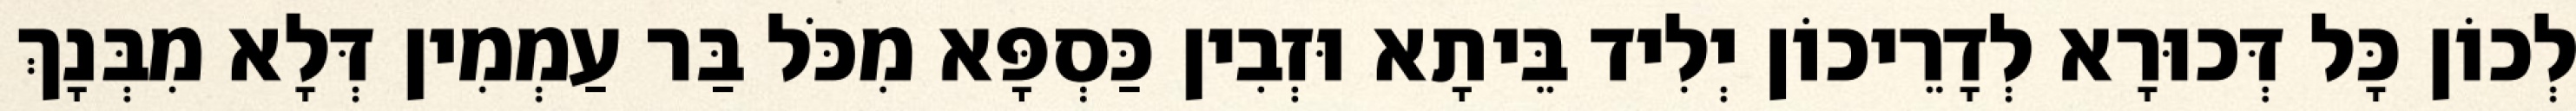
לְכוֹן כָּל דְּכוּרָא לְדָרֵיכוֹן יְלִיד בֵּיתָא וּזְבִין כַּסְפָּא מִכֹּל בַּר עַמְמִין דְּלָא מִבְּנָךְ